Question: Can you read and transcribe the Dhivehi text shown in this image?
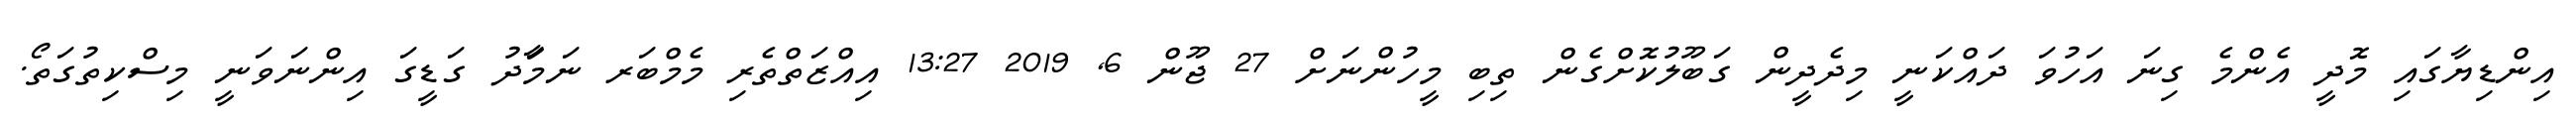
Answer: އިންޑިޔާގައި މޮދީ އެންމެ ގިނަ އަހުވަ ދައްކަނީ މިދެދީން ގަބޫލުކޮށްގެން ތިބި މީހުންނަށް 27 ޖޫން 6, 2019 13:27 އިއްޒަތްތެރި މެމްބަރ ނަމަާދު ގަޑީގަ އިންނަވަނީ މިސްކިތުގަތޯ.